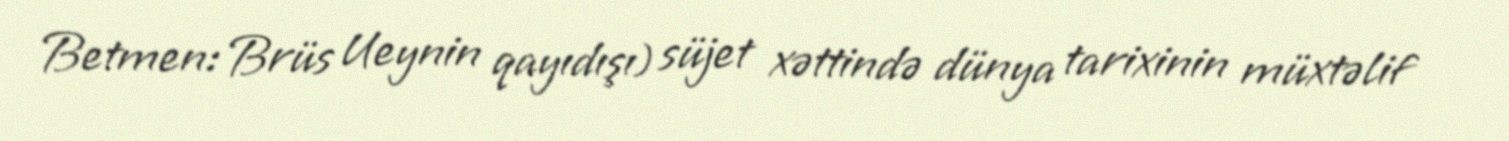
Betmen: Brüs Ueynin qayıdışı) süjet xəttində dünya tarixinin müxtəlif